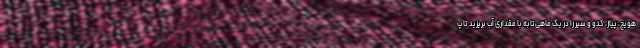
هویج، پیاز، کدو و سیر را در یک ماهی‌تابه با مقداری آب بریزید تا پ